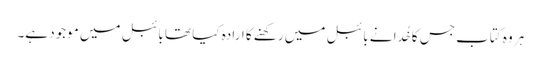
ہر وہ کتاب جس کا خُدا نے بائبل میں رکھنے کا ارادہ کیا تھا بائبل میں موجود ہے۔